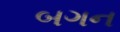
બગન